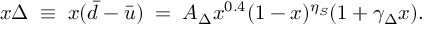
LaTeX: x \Delta \; \equiv \; x ( \bar { d } - \bar { u } ) \; = \; A _ { \Delta } x ^ { 0 . 4 } ( 1 - x ) ^ { \eta _ { S } } ( 1 + \gamma _ { \Delta } x ) .